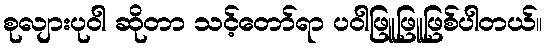
စုလျားပုဝါ ဆိုတာ သင့်တော်ရာ ပဝါဖြူဖြူဖြစ်ပါတယ်။